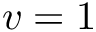
v = 1